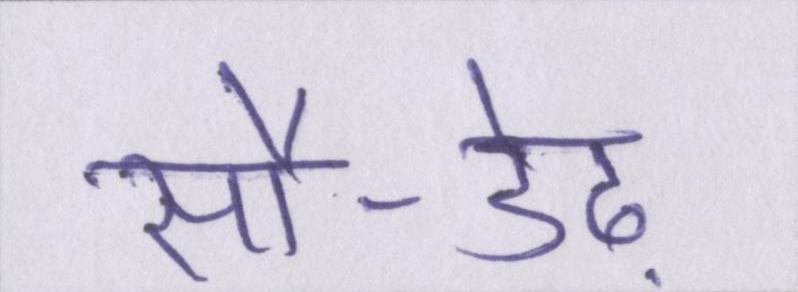
सौ-डेढ़